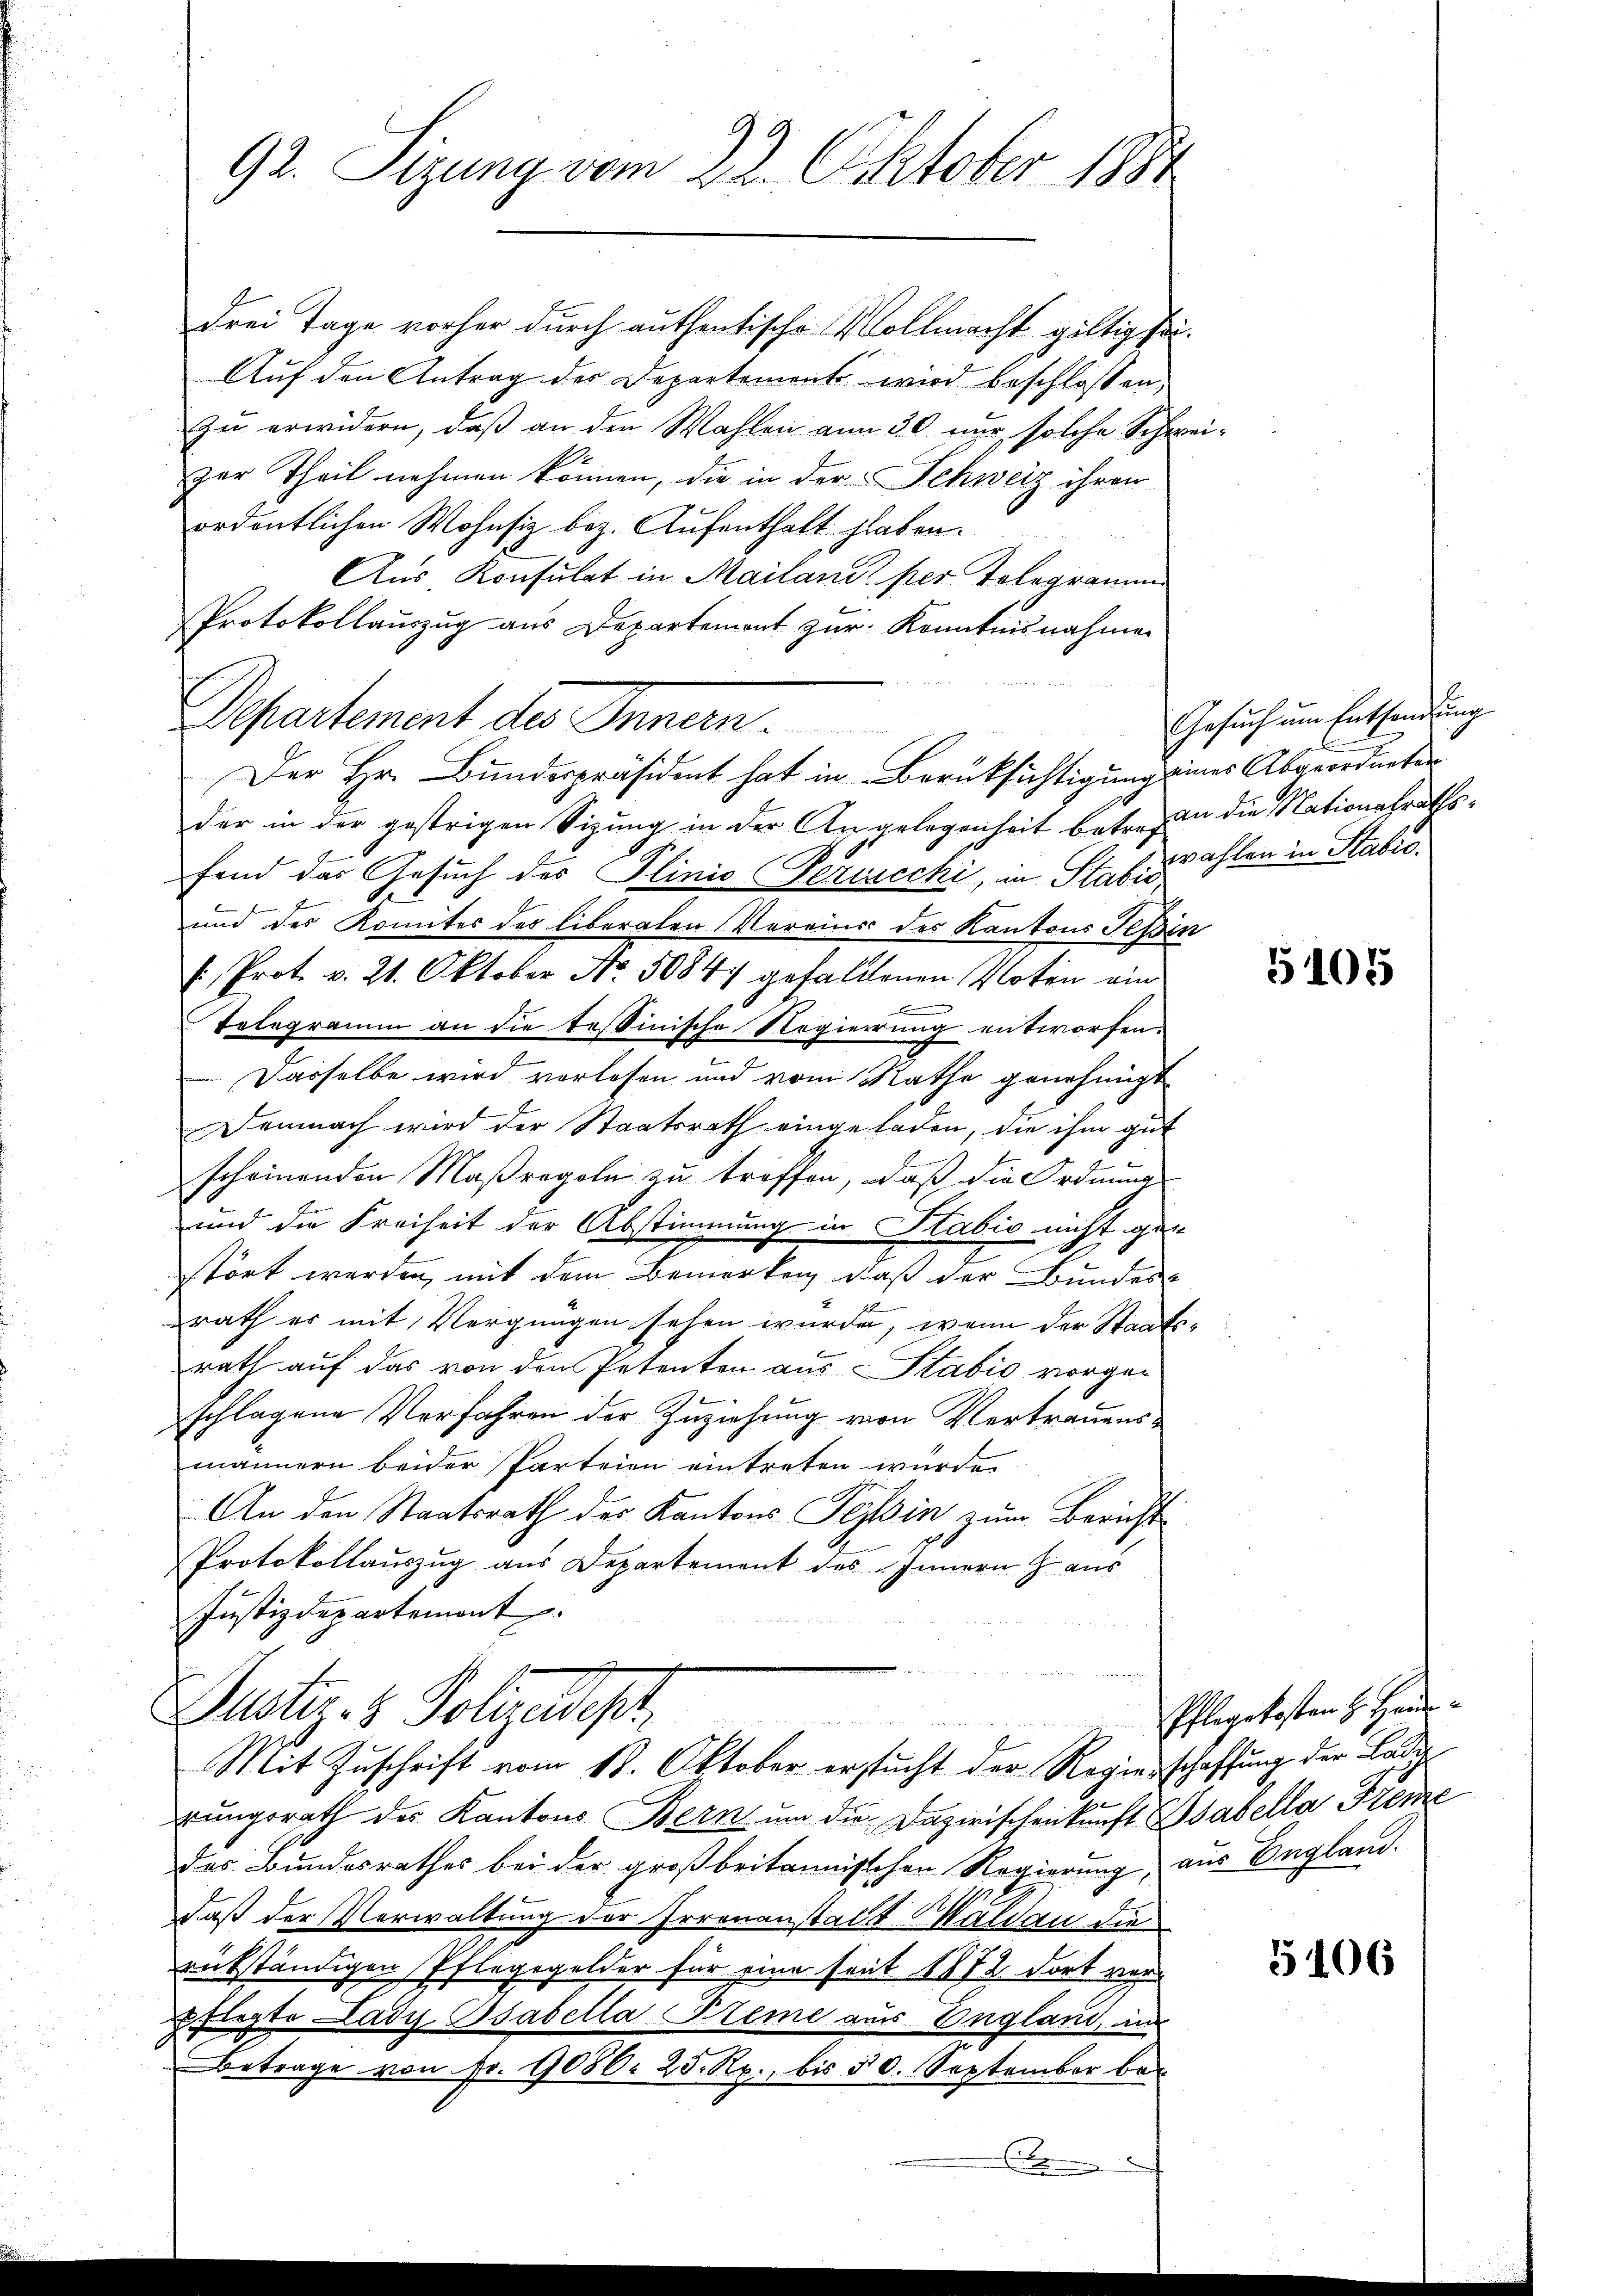
92. Sizung vom 22. Oktober 1994

drei Tage vorher durch authentische Vollmacht giltig sei¬
Auf den Antrag der Departement wird beschlossen,
zu erwidern, daß an den Wahlen am 30 nur solche Schwe
zur Theil nehmen können, die in der Schweiz ihren
ordentlichen Wohnsitz bez. Aufenthalt haben.
Aus Konsulat in Mailanz per Telegramme
Protokollauszug aus Departement zur Kenntnisnahmen
Departement des Innern.
der in der gestrigen Sizung in der Angelegenheit betreffen die Nationalrathsfend das Gesuch des Plinio (Periechi, in Stafrahlen in Stabis.
und des Komites des liberaten Vereins des Kantons Tessir
 Prot. v. 21. Oktober No. 50847 gefallenen Noten ein
.
Telegramm an die tessinische Regierung entworfen.
Dasselbe wird vorlesen und vom Rathe genehmigt
Demnach wird der Staatsrath eingeladen, die ihm gut
scheinenden Maßregeln zu treffen, daß die Ordnung
und die Freiheit der Abstimmung in Stabio nicht gen
stört werden, mit dem Bemerken, daß der Bundes-
rath er mit Vergnügen sehen wurde, wenn der Staats
rath auf das von den Petenten aus Stadio vorge-
schlagene Verfahren der Zuziehung von Vertrauensmännern beider Parteien eintreten wurde.
An den Staatsrath der Kantons Tessin, zum Bericht
Protokollauszug aus Departement des Innern Haus
Justizdepartemont
Justiz- & Polizeidest
Mit Zuschrift vom 18. Oktober erstucht der Regierschaffung der Laurungsrath der Kantons Bern um die Dazwischenkunft Babella Freme
des Bundesrathes bei der großbritannischen Regierung, aus England.
daß der Verwaltung der Irrenanstalt Waldau die
rükständigen Pfleggelder für eine seit 1872 dort vor-
Pflegte Lady Bsabella Steme aus England in
Betrage von Fr. 9080. 25. Rp., bis 30. September be¬

Der Hr. Bundespräsident hat in Berüksichtigung eines Abgeordneten

e

Gesuch um Entsendung

2

2

5105

Pflegekosten H. Heu

5106